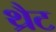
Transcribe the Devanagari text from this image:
थ्रैट